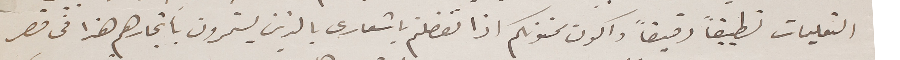
التعليمات تطبيقاً دقيقاً واكون ممنونكم اذا  تفضلتم باشعارى بالذين يستمرون بأتجارهم هذا فى قصر